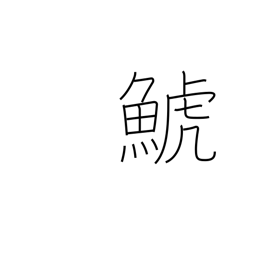
Meaning: killer whale